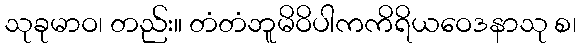
သုခုမာဝ၊ တည်း။ တံတံဘူမိဝိပါကကိရိယဝေဒနာသု စ၊